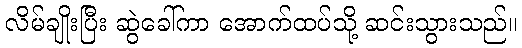
လိမ်ချိုးပြီး ဆွဲခေါ်ကာ အောက်ထပ်သို့ ဆင်းသွားသည်။